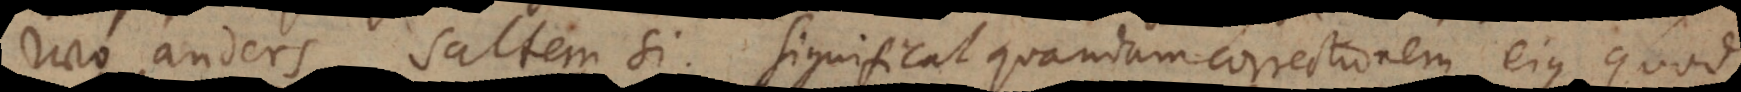
wo anders, saltem si. Significat quandam correctionem ejus quod